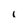
Character: l